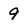
Character: 9